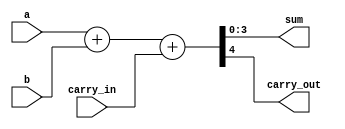
module ripple_adder_4bit_behavioral(
    input [3:0]a,
    input [3:0]b,
	input carry_in,
    output [3:0] sum,  
    output carry_out
    );
    
    // Behavioral code for an 4bit 
    assign {carry_out, sum} = a + b + carry_in;
  
endmodule